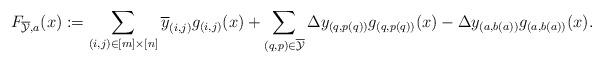
LaTeX: \begin{align*}F_{\overline{\mathcal{Y}},a}(x) &:= \sum_{(i,j) \in [m] \times [n]} \overline{y}_{(i,j)}g_{(i,j)}(x) + \sum_{(q,p) \in \overline{\mathcal{Y}}} \Delta y_{(q,p(q))}g_{(q,p(q))}(x) - \Delta y_{(a,b(a))}g_{(a,b(a))}(x).\end{align*}